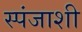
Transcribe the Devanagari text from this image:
स्पंजाशी